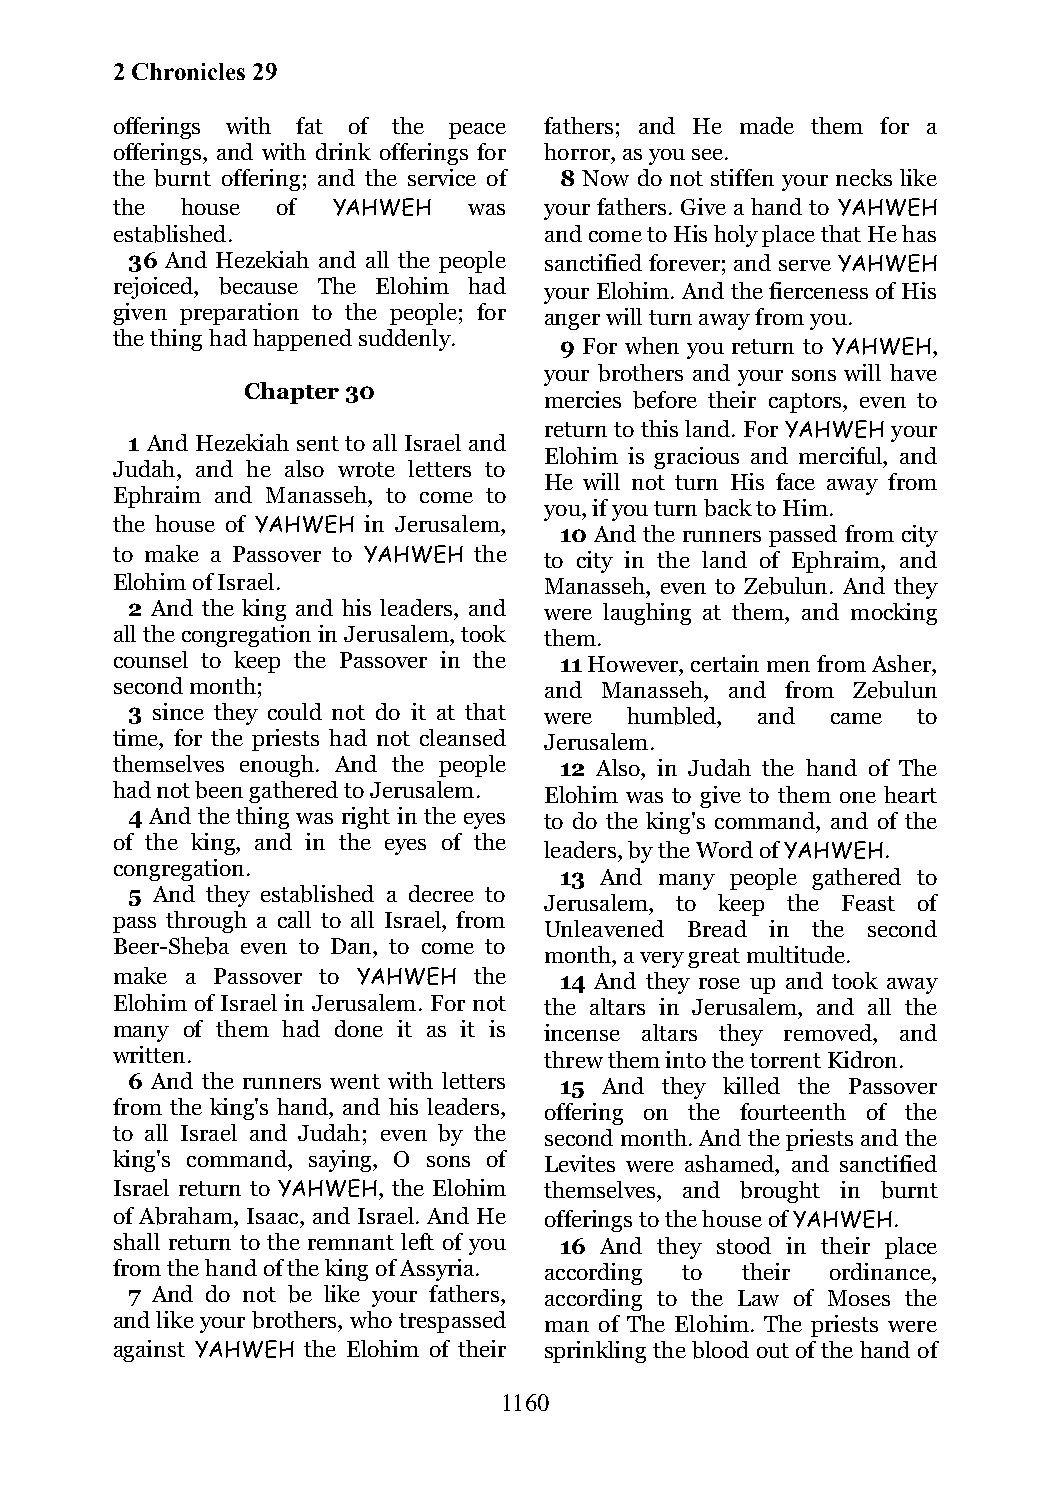
2 Chronicles 29
 offerings with fat of the peace fathers; and He made them for a
 offerings, and with drink offerings for horror, as you see.
 the burnt offering; and the service of 8 Now do not stiffen your necks like
 the  house of  YAHWEH   was  your fathers. Give a hand to YAHWEH
 established.                 and come to His holy place that He has
 36 And Hezekiah and all the people sanctified forever; and serve YAHWEH
 rejoiced, because The Elohim had your Elohim. And the fierceness of His
 given preparation to the people; for anger will turn away from you.
 the thing had happened suddenly.
 9 For when you return to YAHWEH,
 your brothers and your sons will have
 Chapter 30
 mercies before their captors, even to
 return to this land. For YAHWEH your
 1 And Hezekiah sent to all Israel and
 Elohim is gracious and merciful, and
 Judah, and he also wrote letters to
 He will not turn His face away from
 Ephraim and Manasseh, to come to
 you, if you turn back to Him.
 the house of YAHWEH in Jerusalem,
 10 And the runners passed from city
 to make a Passover to YAHWEH the to city in the land of Ephraim, and
 Elohim of Israel.            Manasseh, even to Zebulun. And they
 2 And the king and his leaders, and were laughing at them, and mocking
 all the congregation in Jerusalem, took them.
 counsel to keep the Passover in the 11 However, certain men from Asher,
 second month;                and Manasseh, and from Zebulun
 3 since they could not do it at that were humbled, and came to
 time, for the priests had not cleansed Jerusalem.
 themselves enough. And the people 12 Also, in Judah the hand of The
 had not been gathered to Jerusalem. Elohim was to give to them one heart
 4 And the thing was right in the eyes to do the king's command, and of the
 of the king, and in the eyes of the
 leaders, by the Word of YAHWEH.
 congregation.
 13 And many people gathered to
 5 And they established a decree to
 Jerusalem, to keep the Feast of
 pass through a call to all Israel, from
 Unleavened Bread in the second
 Beer-Sheba even to Dan, to come to
 month, a very great multitude.
 make a Passover to YAHWEH the 14 And they rose up and took away
 Elohim of Israel in Jerusalem. For not the altars in Jerusalem, and all the
 many of them had done it as it is incense altars they removed, and
 written.                     threw them into the torrent Kidron.
 6 And the runners went with letters 15 And they killed the Passover
 from the king's hand, and his leaders, offering on the fourteenth of the
 to all Israel and Judah; even by the second month. And the priests and the
 king's command, saying, O sons of Levites were ashamed, and sanctified
 Israel return to YAHWEH, the Elohim themselves, and brought in burnt
 of Abraham, Isaac, and Israel. And He offerings to the house of YAHWEH.
 shall return to the remnant left of you 16 And they stood in their place
 from the hand of the king of Assyria. according to their ordinance,
 7 And do not be like your fathers, according to the Law of Moses the
 and like your brothers, who trespassed man of The Elohim. The priests were
 against YAHWEH the Elohim of their sprinkling the blood out of the hand of
 1160